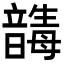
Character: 𩐸